Calcutta medical institutions reports 1871-78
Year: 1871
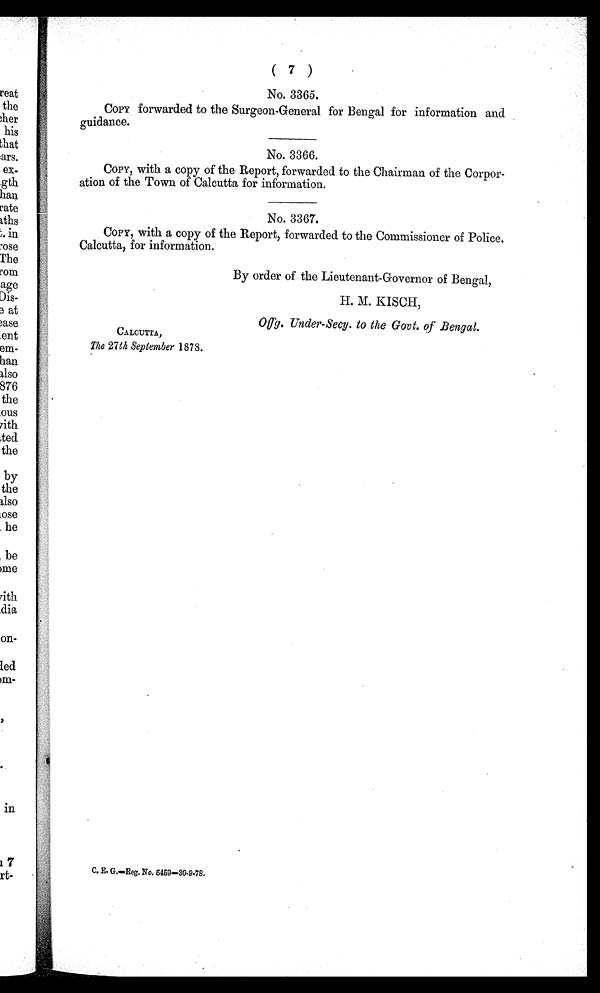
(7
)
No. 3365.
COPY forwarded to the Surgeon-General for Bengal for information and
guidance.
No. 3366.
COPY, with a copy of the Report, forwarded to the Chairman of the Corpor-
ation of the Town of Calcutta for information.
No. 3367.
Copy, with a copy of the Report, forwarded to the Commissioner of Police,
Calcutta, for information.
CALCUTTA,
The 27th September 1878.
By order of the Lieutenant-Governor of Bengal,
H. M. KISCH,
Offg. Under-Secy. to the Govt. of Bengal.